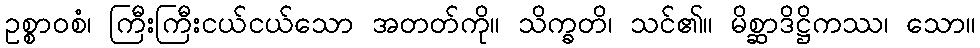
ဥစ္စာဝစံ၊ ကြီးကြီးငယ်ငယ်သော အတတ်ကို။ သိက္ခတိ၊ သင်၏။ မိစ္ဆာဒိဋ္ဌိကဿ၊ သော။